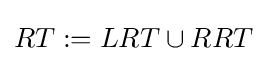
RT:={LRT}\cup {RRT}